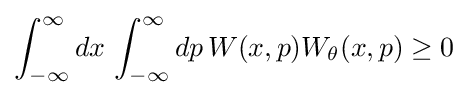
\int _{-\infty }^{\infty }dx\,\int _{-\infty }^{\infty }dp\,W(x,p)W_{\theta }(x,p)\geq 0